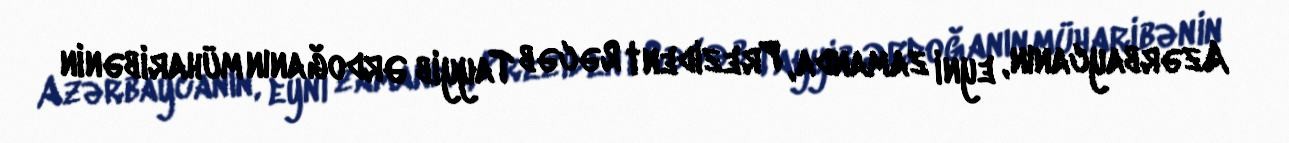
Azərbaycanın, eyni zamanda, Prezident Rəcəb Tayyib Ərdoğanın müharibənin